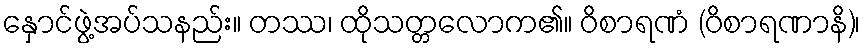
နှောင်ဖွဲ့အပ်သနည်း။ တဿ၊ ထိုသတ္တလောက၏။ ဝိစာရဏံ (ဝိစာရဏာနိ)၊